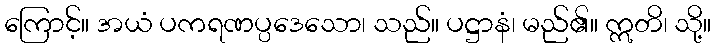
ကြောင့်။ အယံ ပကရဏပ္ပဒေသော၊ သည်။ ပဋ္ဌာနံ၊ မည်၏။ ဣတိ၊ သို့။